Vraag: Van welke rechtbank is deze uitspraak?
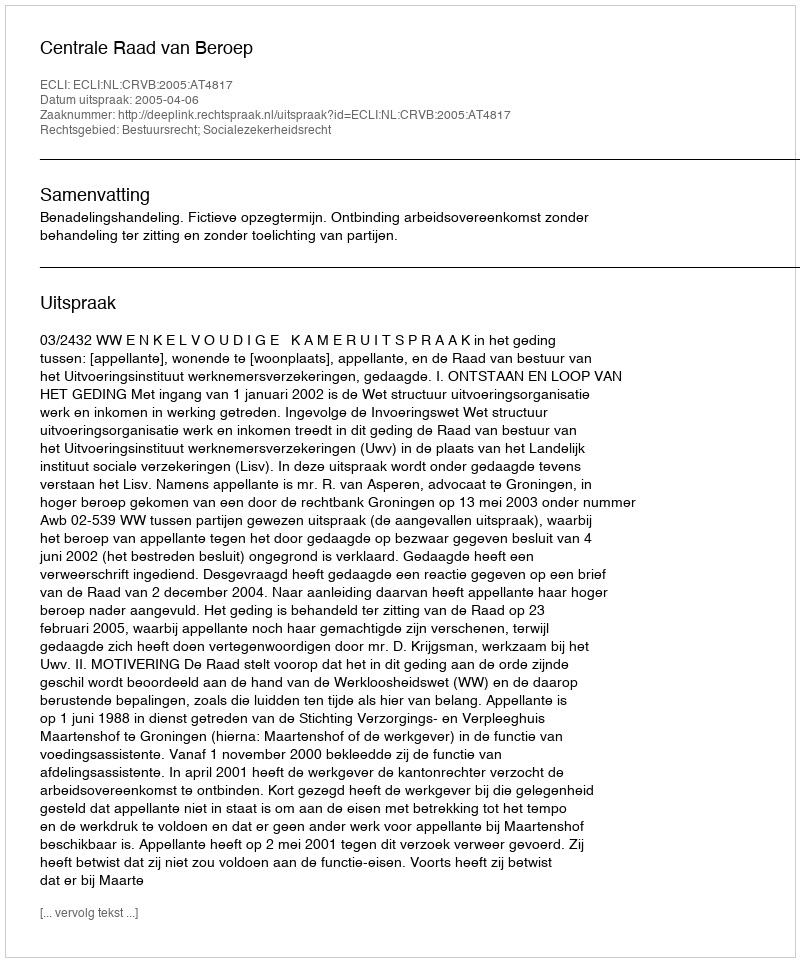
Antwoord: Centrale Raad van Beroep